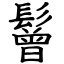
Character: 鬙